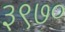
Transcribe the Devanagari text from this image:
३९७०